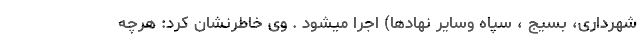
شهرداری، بسیج ، سپاه وسایر نهادها) اجرا میشود . وی خاطرنشان کرد: هرچه